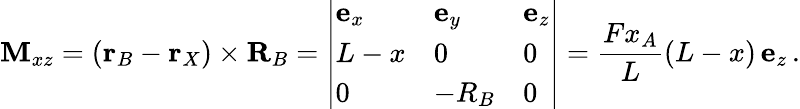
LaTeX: \mathbf{M}_{xz}=(\mathbf{r}_{B}-\mathbf{r}_{X})\times\mathbf{R}_{B}=\left|{\begin{array}{lll}{\mathbf{e}_{x}}&{\mathbf{e}_{y}}&{\mathbf{e}_{z}}\\ {L-x}&{0}&{0}\\ {0}&{-R_{B}}&{0}\end{array}}\right|={\frac{Fx_{A}}{L}}(L-x)\, \mathbf{e}_{z}\, .